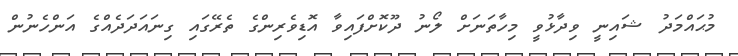
މުޙައްމަދު ޝައިނީ ވިދާޅުވީ މިހާތަނަށް ލޯނު ދޫކޮށްފައިވާ އޮޑިވެރިންގެ ތެރޭގައި ގިނައަދަދެއްގެ އަންހެނުން